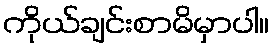
ကိုယ်ချင်းစာမိမှာပါ။